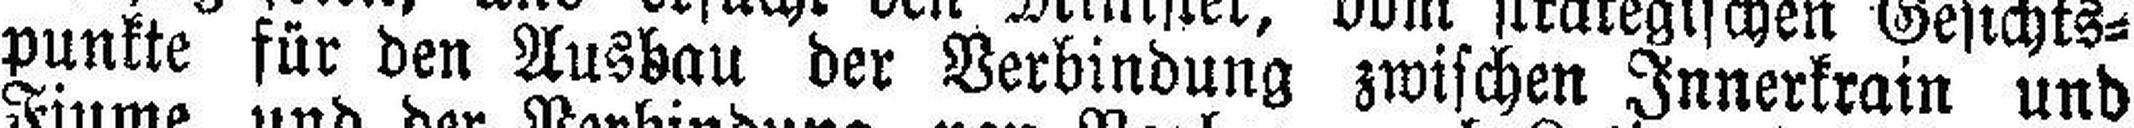
punkte für den Ausbau der Verbindung zwischen Innerkrain und